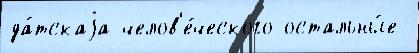
да́тскаjа челов'е́ческого остальны́е